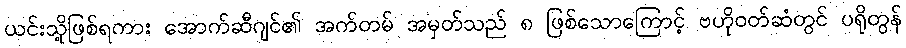
ယင်းသို့ဖြစ်ရကား အောက်ဆီဂျင်၏ အက်တမ် အမှတ်သည် ၈ ဖြစ်သောကြောင့် ဗဟိုဝတ်ဆံတွင် ပရိုတွန်